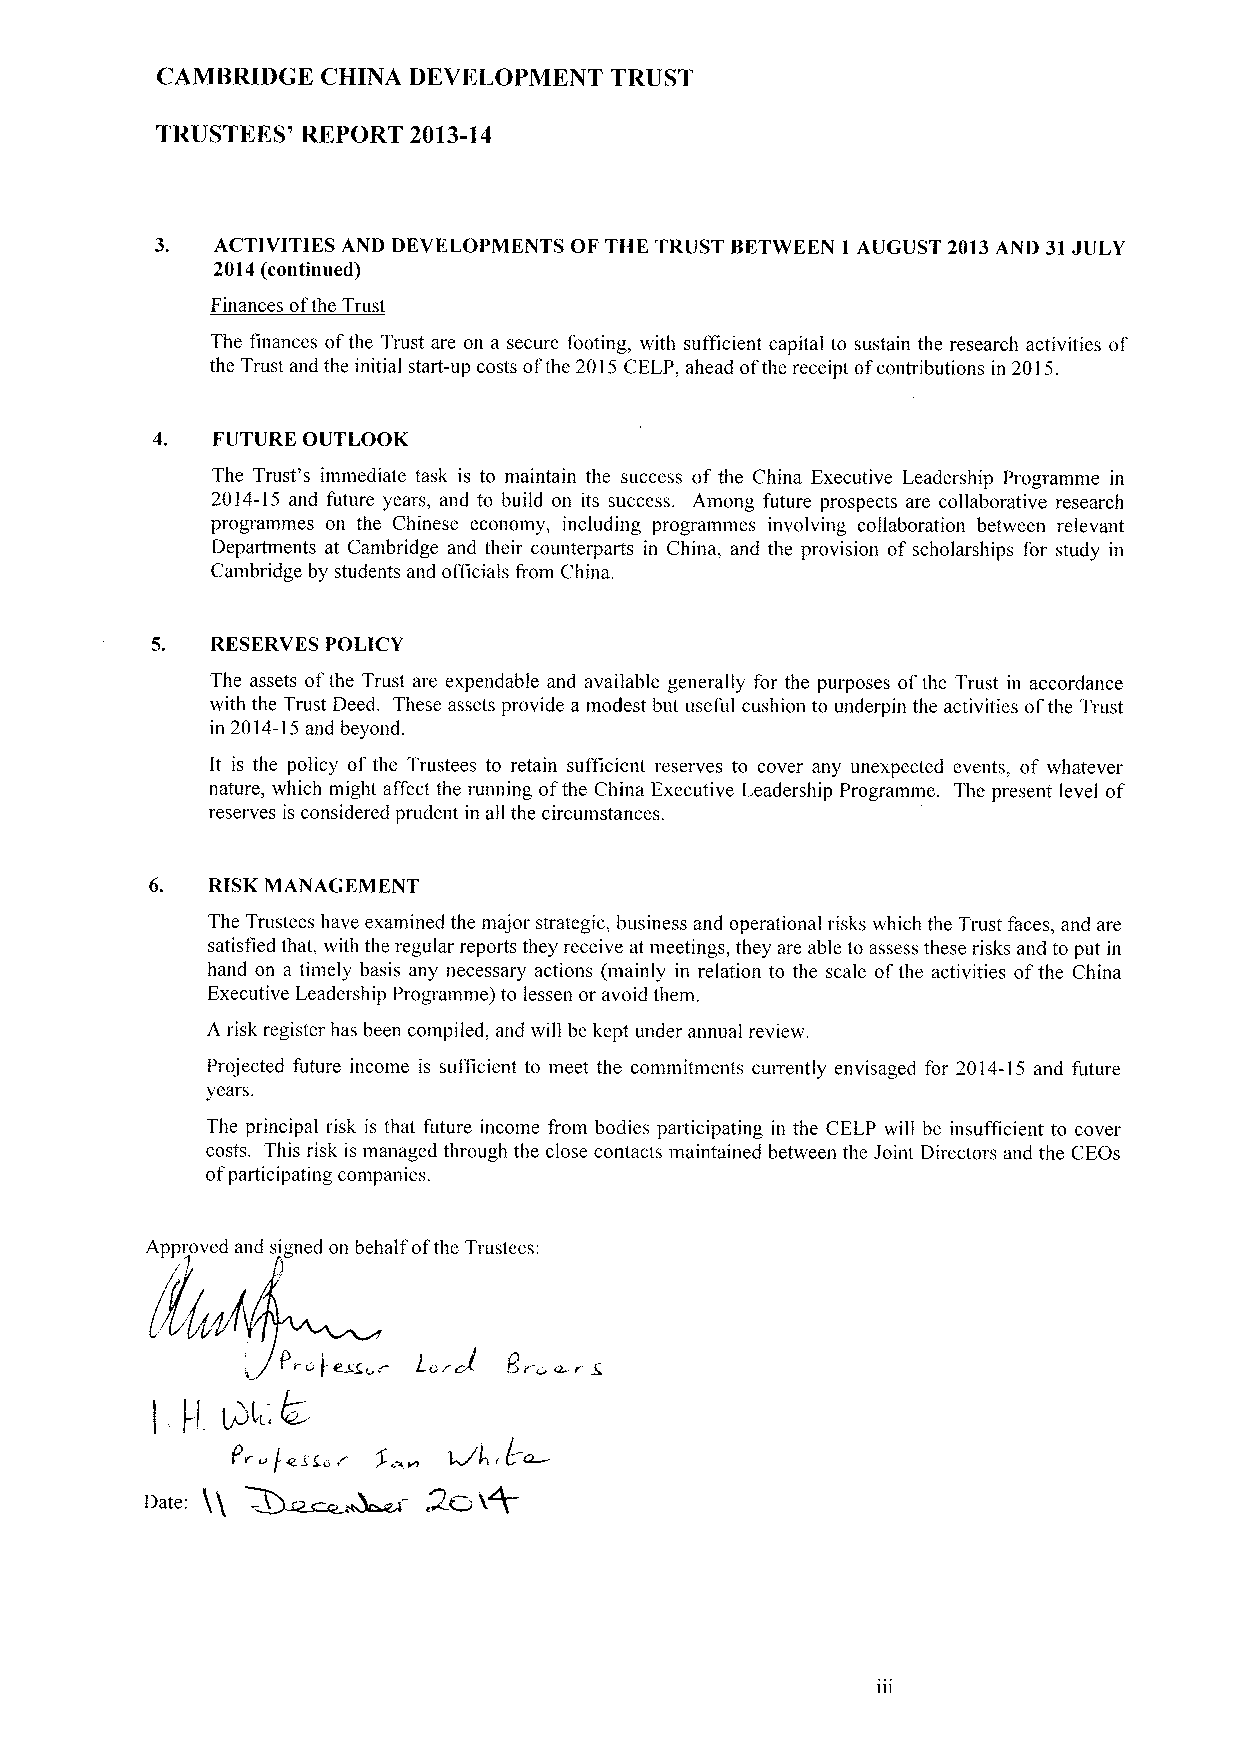
CAMBRIDGE  CHINA DEVELOPMENT  TRUST
 TRUSTEES' REPORT 2013-14
 3.  ACTIVITIES AND DEVELOPMENTS OF THE TRUST BETWEEN 1 AUGUST 2013AND 31JULY
 2014(continued)
 Finances ofthe Trust
 The finances ofthe Trust are on a secure footing, with sufficient capital to sustain the research activities of
 the Trust and the initial start-up costs ofthe 2015CELP, ahead ofthe receipt ofcontributions in 2015.
 FUTURE OUTLOOK
 The Trust's immediate task is to maintain the success of the China Executive Leadership Programme in
 2014-15 and future years, and to build on its success. Among future prospects are collaborative research
 programmes on the Chinese economy, including programmes involving collaboration between relevant
 Departments at Cambridge and their counterparts in China, and the provision of scholarships for study in
 Cambridge by students and officials from China.
 RESERVES POLICY
 The assets ofthe Trust are expendable and available generally for the purposes ofthe Trust in accordance
 with the Trust Deed. These assets provide a modest but useful cushion to underpin the activities ofthe Trust
 in 2014-15and beyond.
 lt is the policy of the Trustees to retain sufficient reserves to cover any unexpected events, of whatever
 nature, which might affect the running ofthe China Executive Leadership Programme. The present level of
 reserves is considered prudent in all the circumstances.
 RISK MANAGEMENT
 The Trustees have examined the major strategic, business and operational risks which the Trust faces, and are
 satisfied that, with the regular reports they receive at meetings, they are able to assess these risks and to put in
 hand on a timely basis any necessary actions (mainly in relation to the scale ofthe activities ofthe China
 Executive Leadership Programme) to lessen or avoid them.
 A risk register has been compiled, and will be kept under annual review.
 Projected future income is sufficient to meet the commitments currently envisaged for 2014-15 and future
 years.
 The principal risk is that future income from bodies participating in the CELP will be insufficient to cover
 costs. This risk is managed through the close contacts maintained between the Joint Directors and the CEOs
 ofparticipating companies.
 Approved and signed on behalf ofthe Trustees: